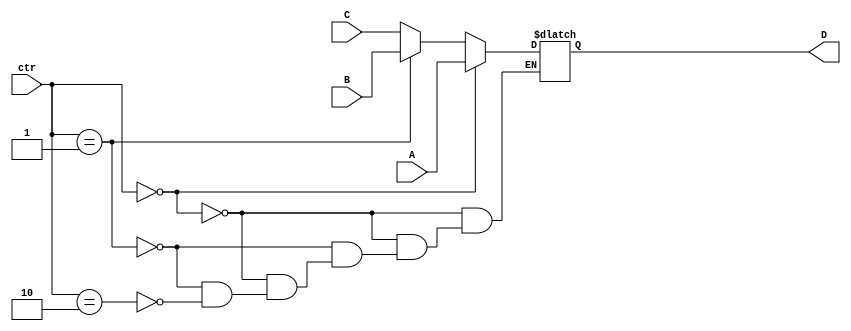
module MUX3to1(A,B,C,D,ctr);
parameter k=32;
input [k-1:0] A,B,C;
output reg [k-1:0] D;
input [1:0]ctr;
always @(A or B or C or ctr)
if(ctr==2'b00) D=A;
else if(ctr==2'b01) D=B;
else if(ctr==2'b10) D=C;
endmodule